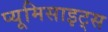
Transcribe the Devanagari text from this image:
प्यूमिसाइट्स